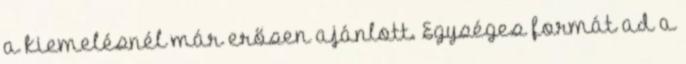
a kiemelésnél már erősen ajánlott. Egységes formát ad a